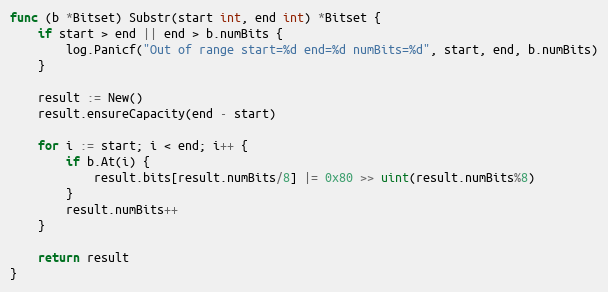
Language: Go
func (b *Bitset) Substr(start int, end int) *Bitset {
	if start > end || end > b.numBits {
		log.Panicf("Out of range start=%d end=%d numBits=%d", start, end, b.numBits)
	}

	result := New()
	result.ensureCapacity(end - start)

	for i := start; i < end; i++ {
		if b.At(i) {
			result.bits[result.numBits/8] |= 0x80 >> uint(result.numBits%8)
		}
		result.numBits++
	}

	return result
}